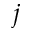
j